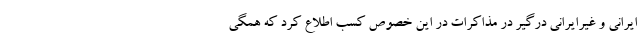
ایرانی و غیرایرانی درگیر در مذاکرات در این خصوص کسب اطلاع کرد که همگی